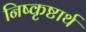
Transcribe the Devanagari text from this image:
निष्कृष्टार्थ